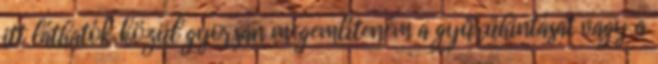
itt láthatók közül gyorsan megemlíteném a gyűrűhintásat vagy a